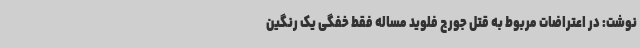
نوشت: در اعتراضات مربوط به قتل جورج فلوید مساله فقط خفگی یک رنگین